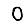
Digit: 0